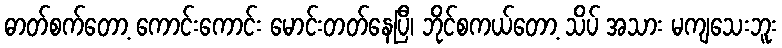
ဓာတ်စက်တော့ ကောင်းကောင်း မောင်းတတ်နေပြီ၊ ဘိုင်စကယ်တော့ သိပ် အသား မကျသေးဘူး